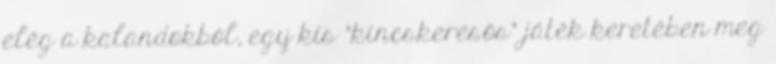
elég a kalandokból, egy kis "kincskeresős" játék keretében meg